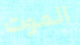
الموت